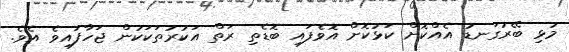
މުޅި ބޭރުގަނޑު އެއްކޮށް ކަޅުކޮށް އޮވެފައި ބޮޑެތި ރަތް އަކުރުތަކަކުން ޖަހާފައިވެ އެވެ.